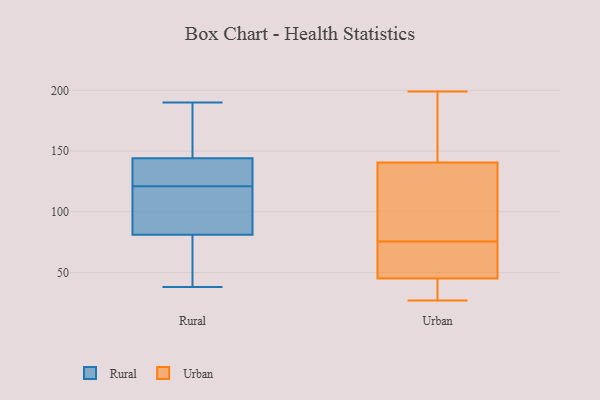
{"axis": {"x": "Energy Usage (MWh)", "y": "Value"}, "legend": ["Rural", "Urban"], "data": [{"x": "", "y": 169, "type": "Rural"}, {"x": "", "y": 125, "type": "Rural"}, {"x": "", "y": 119, "type": "Rural"}, {"x": "", "y": 46, "type": "Rural"}, {"x": "", "y": 161, "type": "Rural"}, {"x": "", "y": 97, "type": "Rural"}, {"x": "", "y": 184, "type": "Rural"}, {"x": "", "y": 127, "type": "Rural"}, {"x": "", "y": 89, "type": "Rural"}, {"x": "", "y": 73, "type": "Rural"}, {"x": "", "y": 105, "type": "Rural"}, {"x": "", "y": 38, "type": "Rural"}, {"x": "", "y": 123, "type": "Rural"}, {"x": "", "y": 123, "type": "Rural"}, {"x": "", "y": 190, "type": "Rural"}, {"x": "", "y": 40, "type": "Rural"}, {"x": "", "y": 58, "type": "Urban"}, {"x": "", "y": 84, "type": "Urban"}, {"x": "", "y": 143, "type": "Urban"}, {"x": "", "y": 27, "type": "Urban"}, {"x": "", "y": 155, "type": "Urban"}, {"x": "", "y": 32, "type": "Urban"}, {"x": "", "y": 138, "type": "Urban"}, {"x": "", "y": 199, "type": "Urban"}, {"x": "", "y": 30, "type": "Urban"}, {"x": "", "y": 115, "type": "Urban"}, {"x": "", "y": 67, "type": "Urban"}, {"x": "", "y": 67, "type": "Urban"}]}